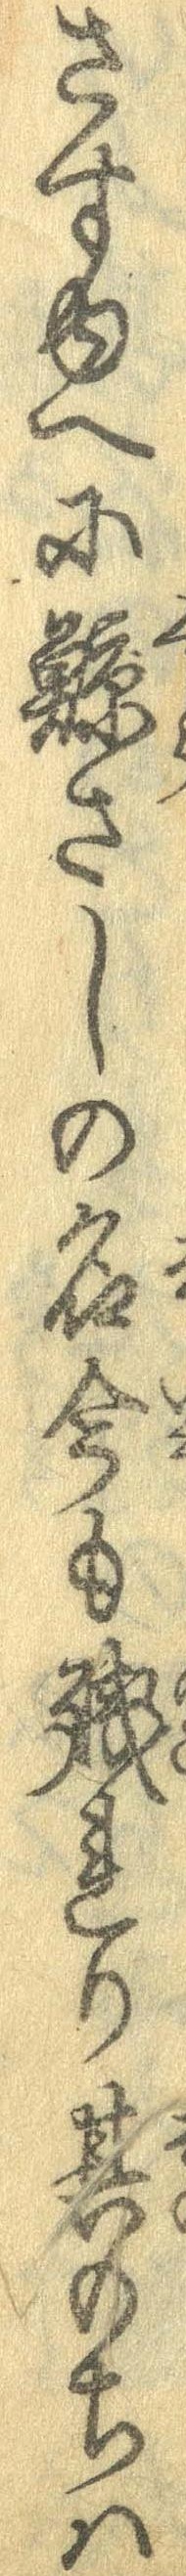
さすゆへに鯨さしの名今も残れり其のちは